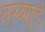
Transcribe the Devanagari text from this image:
वस्त्रकूड़े